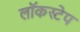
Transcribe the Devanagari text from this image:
लॉकस्टेप